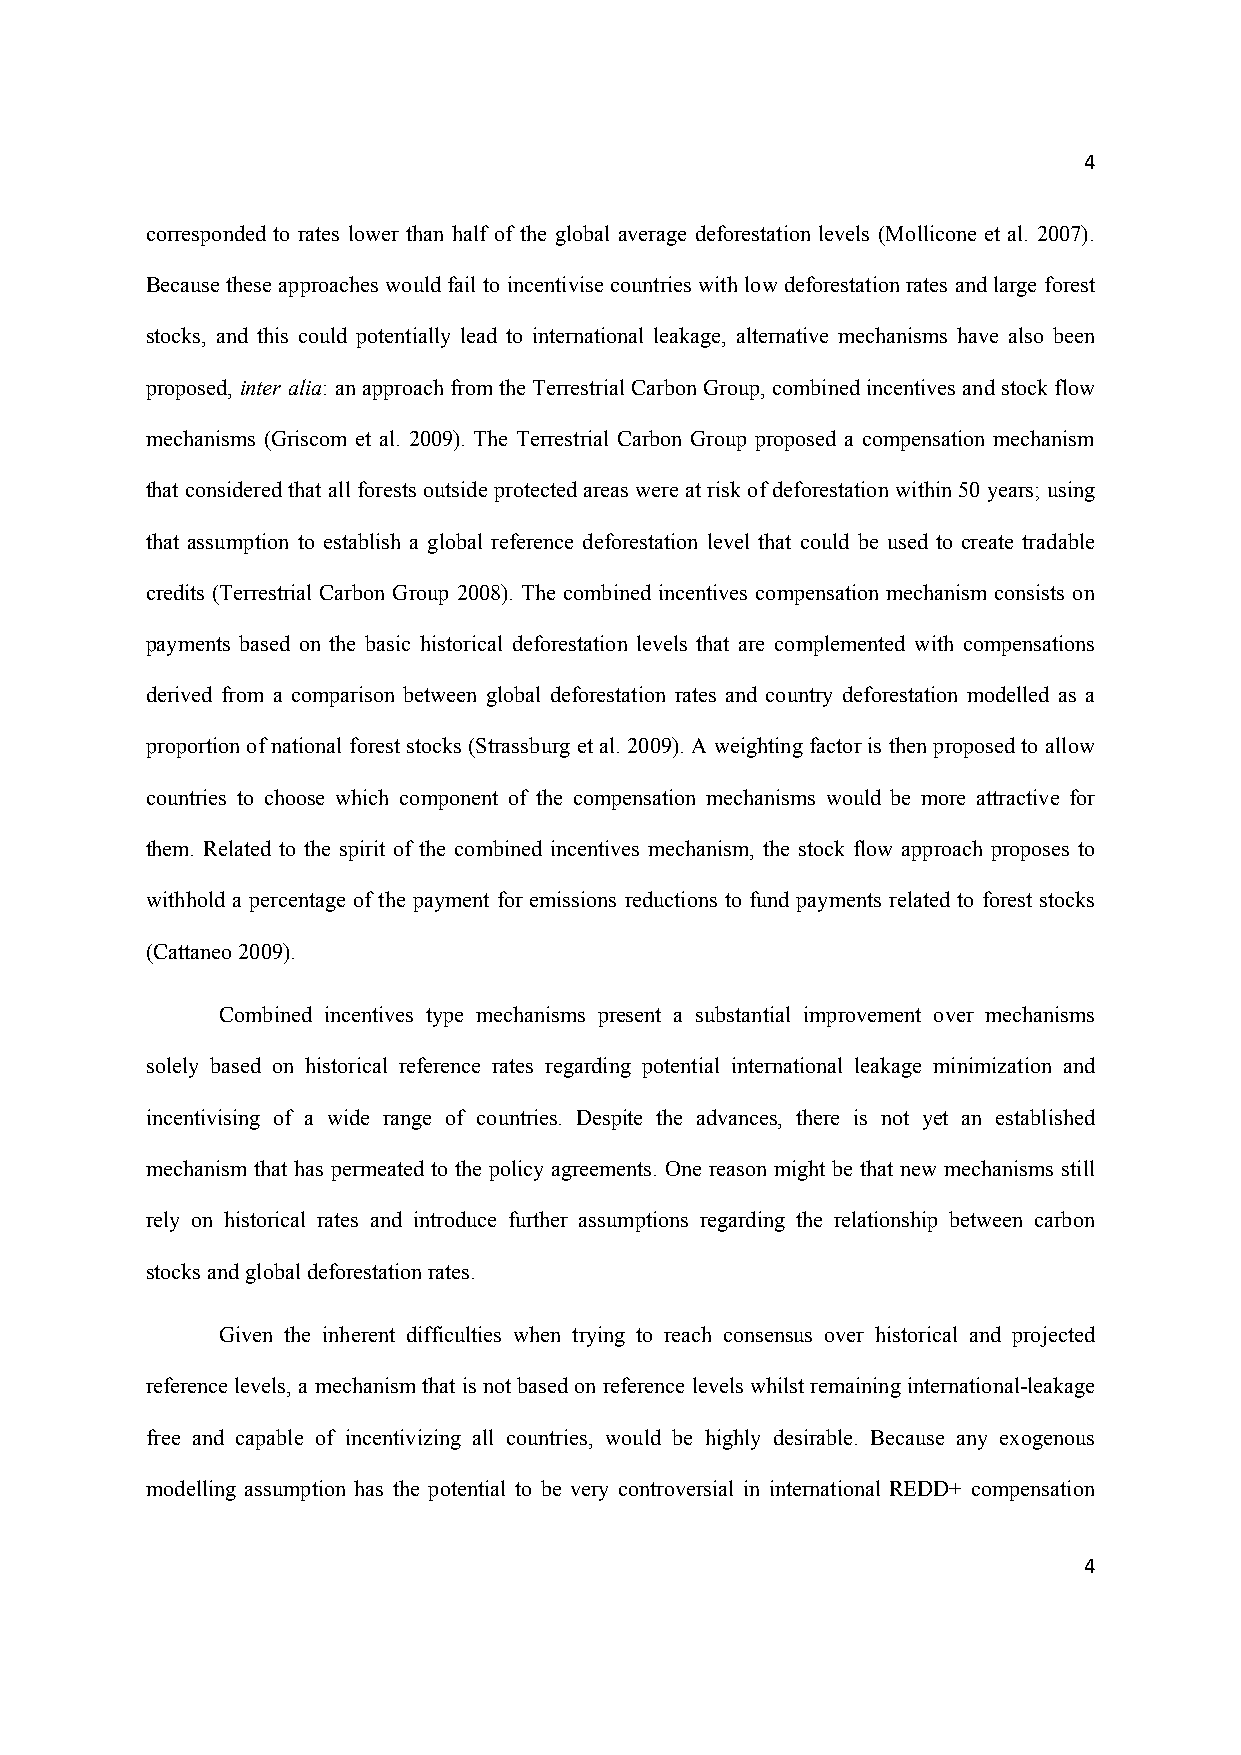
4
 corresponded to rates lower than half of the global average deforestation levels (Mollicone et al. 2007).
 Because these approaches would fail to incentivise countries with low deforestation rates and large forest
 stocks, and this could potentially lead to international leakage, alternative mechanisms have also been
 proposed, inter alia: an approach from the Terrestrial Carbon Group, combined incentives and stock flow
 mechanisms (Griscom et al. 2009). The Terrestrial Carbon Group proposed a compensation mechanism
 that considered that all forests outside protected areas were at risk of deforestation within 50 years; using
 that assumption to establish a global reference deforestation level that could be used to create tradable
 credits (Terrestrial Carbon Group 2008). The combined incentives compensation mechanism consists on
 payments based on the basic historical deforestation levels that are complemented with compensations
 derived from a comparison between global deforestation rates and country deforestation modelled as a
 proportion of national forest stocks (Strassburg et al. 2009). A weighting factor is then proposed to allow
 countries to choose which component of the compensation mechanisms would be more attractive for
 them. Related to the spirit of the combined incentives mechanism, the stock flow approach proposes to
 withhold a percentage of the payment for emissions reductions to fund payments related to forest stocks
 (Cattaneo 2009).
 Combined incentives type mechanisms present a substantial improvement over mechanisms
 solely based on historical reference rates regarding potential international leakage minimization and
 incentivising of a wide range of countries. Despite the advances, there is not yet an established
 mechanism that has permeated to the policy agreements. One reason might be that new mechanisms still
 rely on historical rates and introduce further assumptions regarding the relationship between carbon
 stocks and global deforestation rates.
 Given the inherent difficulties when trying to reach consensus over historical and projected
 reference levels, a mechanism that is not based on reference levels whilst remaining international-leakage
 free and capable of incentivizing all countries, would be highly desirable. Because any exogenous
 modelling assumption has the potential to be very controversial in international REDD+ compensation
 4